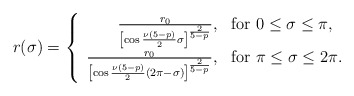
\begin{align*}r(\sigma) = \left\{ \begin{array}{rl} \frac{r_0}{\left[\cos\frac{\nu(5-p)}{2}\sigma\right]^{\frac{2}{5-p}}},&\mbox{for $0\le \sigma \le \pi$,}\\\frac{r_0}{\left[\cos\frac{\nu(5-p)}{2}(2\pi-\sigma)\right]^{\frac{2}{5-p}}},& \mbox{for $\pi\le \sigma \le 2\pi$.}\end{array} \right.\end{align*}